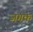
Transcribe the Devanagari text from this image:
जगक